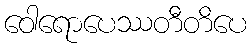
ဝေါရောပေဿတီတိပေ